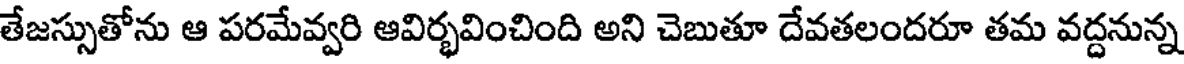
తేజస్సుతోను ఆ పరమేవ్వరి ఆవిర్భవించింది అని చెబుతూ దేవతలందరూ తమ వద్దనున్న